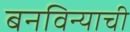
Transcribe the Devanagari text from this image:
बनविन्याची